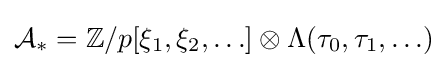
{\mathcal {A}}_{*}=\mathbb {Z} /p[\xi _{1},\xi _{2},\ldots ]\otimes \Lambda (\tau _{0},\tau _{1},\ldots )